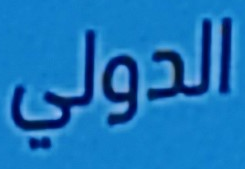
الدولي